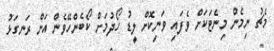
މެޗު ނިމެން މިނެޓަކަށް ވެފައި ވަނިކޮށް ލީޑު ހޯދުމަށް ކޯބެންހޭވެން އަށް ރަނގަޅު